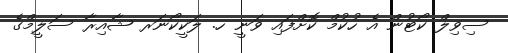
ސިވިލް ކޯޓުން އެ ހުކުމް ކޮށްފައި ވަނީ ހ. ލަކީކޯނަރ ޝާއިރާ ސަލީމްގެ